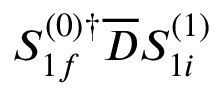
S _ { 1 f } ^ { ( 0 ) \dagger } \overline { { D } } S _ { 1 i } ^ { ( 1 ) }